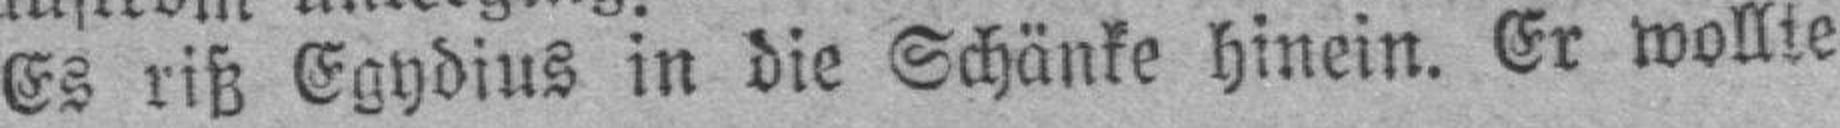
Es riß Egydius in die Schänke hinein. Er wollte